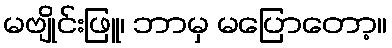
မဗျိုင်းဖြူ၊ ဘာမှ မပြောတော့။